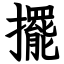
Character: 擺